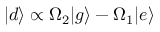
| d \rangle \propto \Omega _ { 2 } | g \rangle - \Omega _ { 1 } | e \rangle